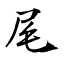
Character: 尾